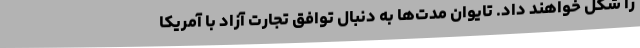
را شکل خواهند داد. تایوان مدت‌ها به دنبال توافق تجارت آزاد با آمریکا